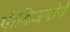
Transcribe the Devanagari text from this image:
पीढ़िजनोने